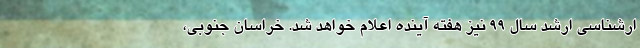
ارشناسی ارشد سال ۹۹ نیز هفته آینده اعلام خواهد شد. خراسان جنوبی،